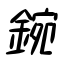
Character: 鋺